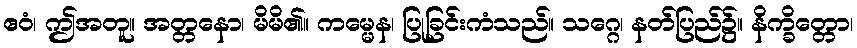
ဧဝံ၊ ဤအတူ။ အတ္တနော၊ မိမိ၏။ ကမ္မေန၊ ပြုခြင်းကံသည်။ သဂ္ဂေ၊ နတ်ပြည်၌။ နိက္ခိတ္တော၊